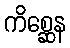
ကိစ္ဆေန